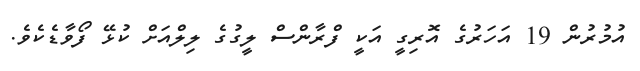
އުމުރުން 19 އަހަރުގެ އޮރިގީ އަކީ ފްރާންސް ލީގުގެ ލިލްއަށް ކުޅޭ ފޯވާޑެކެވެ.